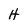
Character: H